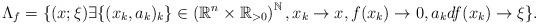
LaTeX: \begin{align*}\Lambda_f=\{ (x;\xi) \exists \{(x_k,a_k)_k\}\in \left(\mathbb{R}^n\times \mathbb{R}_{>0}\right)^{\mathbb{N}} ,x_k\rightarrow x, f(x_k)\rightarrow 0, a_kdf(x_k)\rightarrow\xi \}.\end{align*}